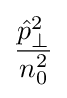
{\frac {{\hat {p}}_{\perp }^{2}}{n_{0}^{2}}}